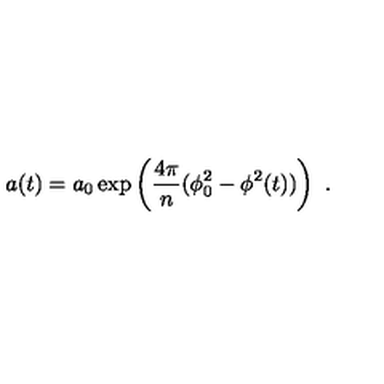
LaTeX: a ( t ) = a _ { 0 } \exp \left( { \frac { 4 \pi } { n } } ( \phi _ { 0 } ^ { 2 } - \phi ^ { 2 } ( t ) ) \right) \ .